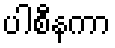
ပါစီနကာ